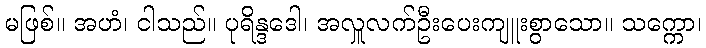
မဖြစ်။ အဟံ၊ ငါသည်။ ပုရိန္ဒဒေါ၊ အလှူလက်ဦးပေးကျူးစွာသော။ သက္ကော၊